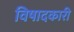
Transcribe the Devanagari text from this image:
विषादकारी